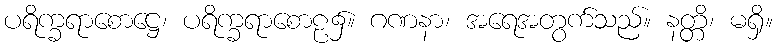
ပရိက္ခရာစောဋ္ဌေ၊ ပရိက္ခရာစောဠ၌။ ဂဏနာ၊ အရေအတွက်သည်။ နတ္တိ၊ မရှိ။